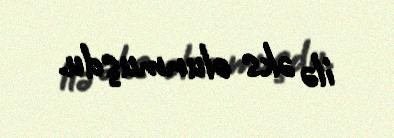
ilə əks olunmuşdu.